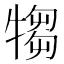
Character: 犓